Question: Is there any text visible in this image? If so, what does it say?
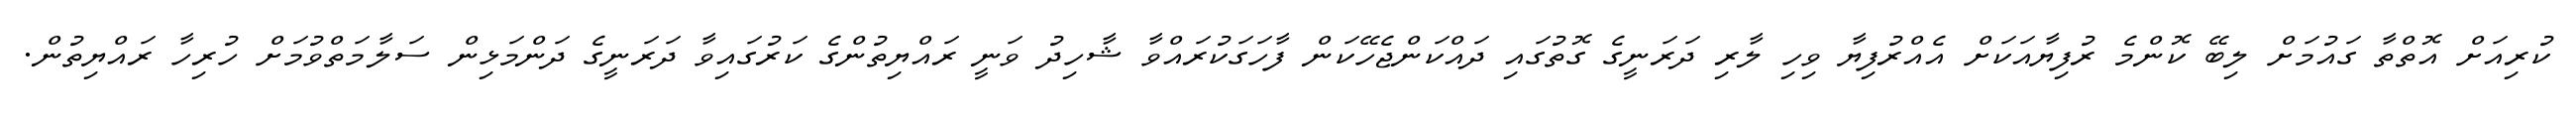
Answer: ކުރިއަށް އޮތްތާ ގައުމަށް ލިބޭ ކޮންމެ ރުފިޔާއަކަށް އެއްރުފިޔާ ވިހި ލާރި ދަރަނީގެ ގޮތުގައި ދައްކަންޖެހޭކަން ފާހަގަކުރައްވާ ޝާހިދު ވަނީ ރައްޔިތުންގެ ކަރުގައިވާ ދަރަނީގެ ދަންމަޅިން ސަލާމަތްވުމަށް ހުރިހާ ރައްޔިތުން.